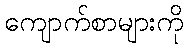
ကျောက်စာများကို